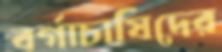
বর্গাচাষিদের